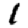
Digit: 1